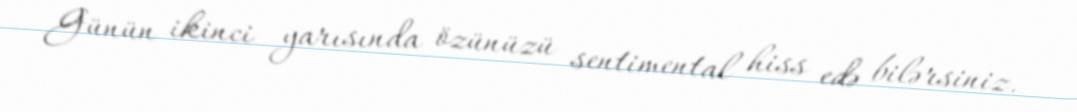
Günün ikinci yarısında özünüzü sentimental hiss edə bilərsiniz.